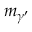
m _ { \gamma ^ { \prime } }